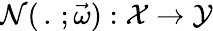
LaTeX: \mathcal{N}(\, .\, ;\vec{\omega}):\mathcal{X}\rightarrow\mathcal{Y}